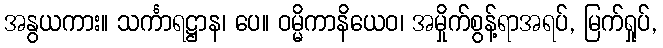
အနွယကား။ သင်္ကာရဋ္ဌာန၊ ပေ။ ဝမ္မိကာနိယေဝ၊ အမှိုက်စွန့်ရာအရပ်, မြက်ရှုပ်,